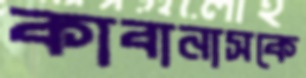
কাবানাসকে